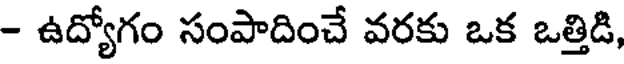
- ఉద్యోగం సంపాదించే వరకు ఒక ఒత్తిడి,